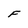
Character: F